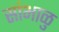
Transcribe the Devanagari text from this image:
सांभाळु